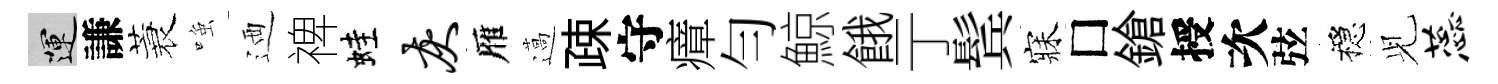
運謙蓑𫪻迺禆蛙灰雁薖疎守瘴勻鯨餓亍鬂寐□鎗授次弦穩𫤗蕊